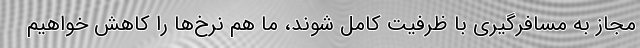
مجاز به مسافرگیری با ظرفیت کامل شوند، ما هم نرخ‌ها را کاهش خواهیم